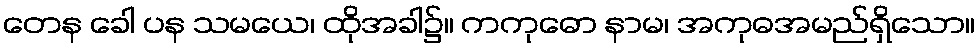
တေန ခေါ ပန သမယေ၊ ထိုအခါ၌။ ကကုဓော နာမ၊ အကုဓအမည်ရှိသော။